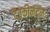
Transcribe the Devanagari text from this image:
देवकीनंदनः